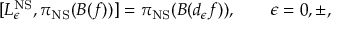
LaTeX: [ L _ { \epsilon } ^ { \mathrm { N S } } , \pi _ { \mathrm { N S } } ( B ( f ) ) ] = \pi _ { \mathrm { N S } } ( B ( d _ { \epsilon } f ) ) , \qquad \epsilon = 0 , \pm ,